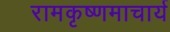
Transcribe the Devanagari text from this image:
रामकृष्णमाचार्य